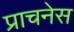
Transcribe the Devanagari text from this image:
प्राचनेस